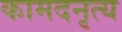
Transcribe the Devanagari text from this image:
कामदनृत्य